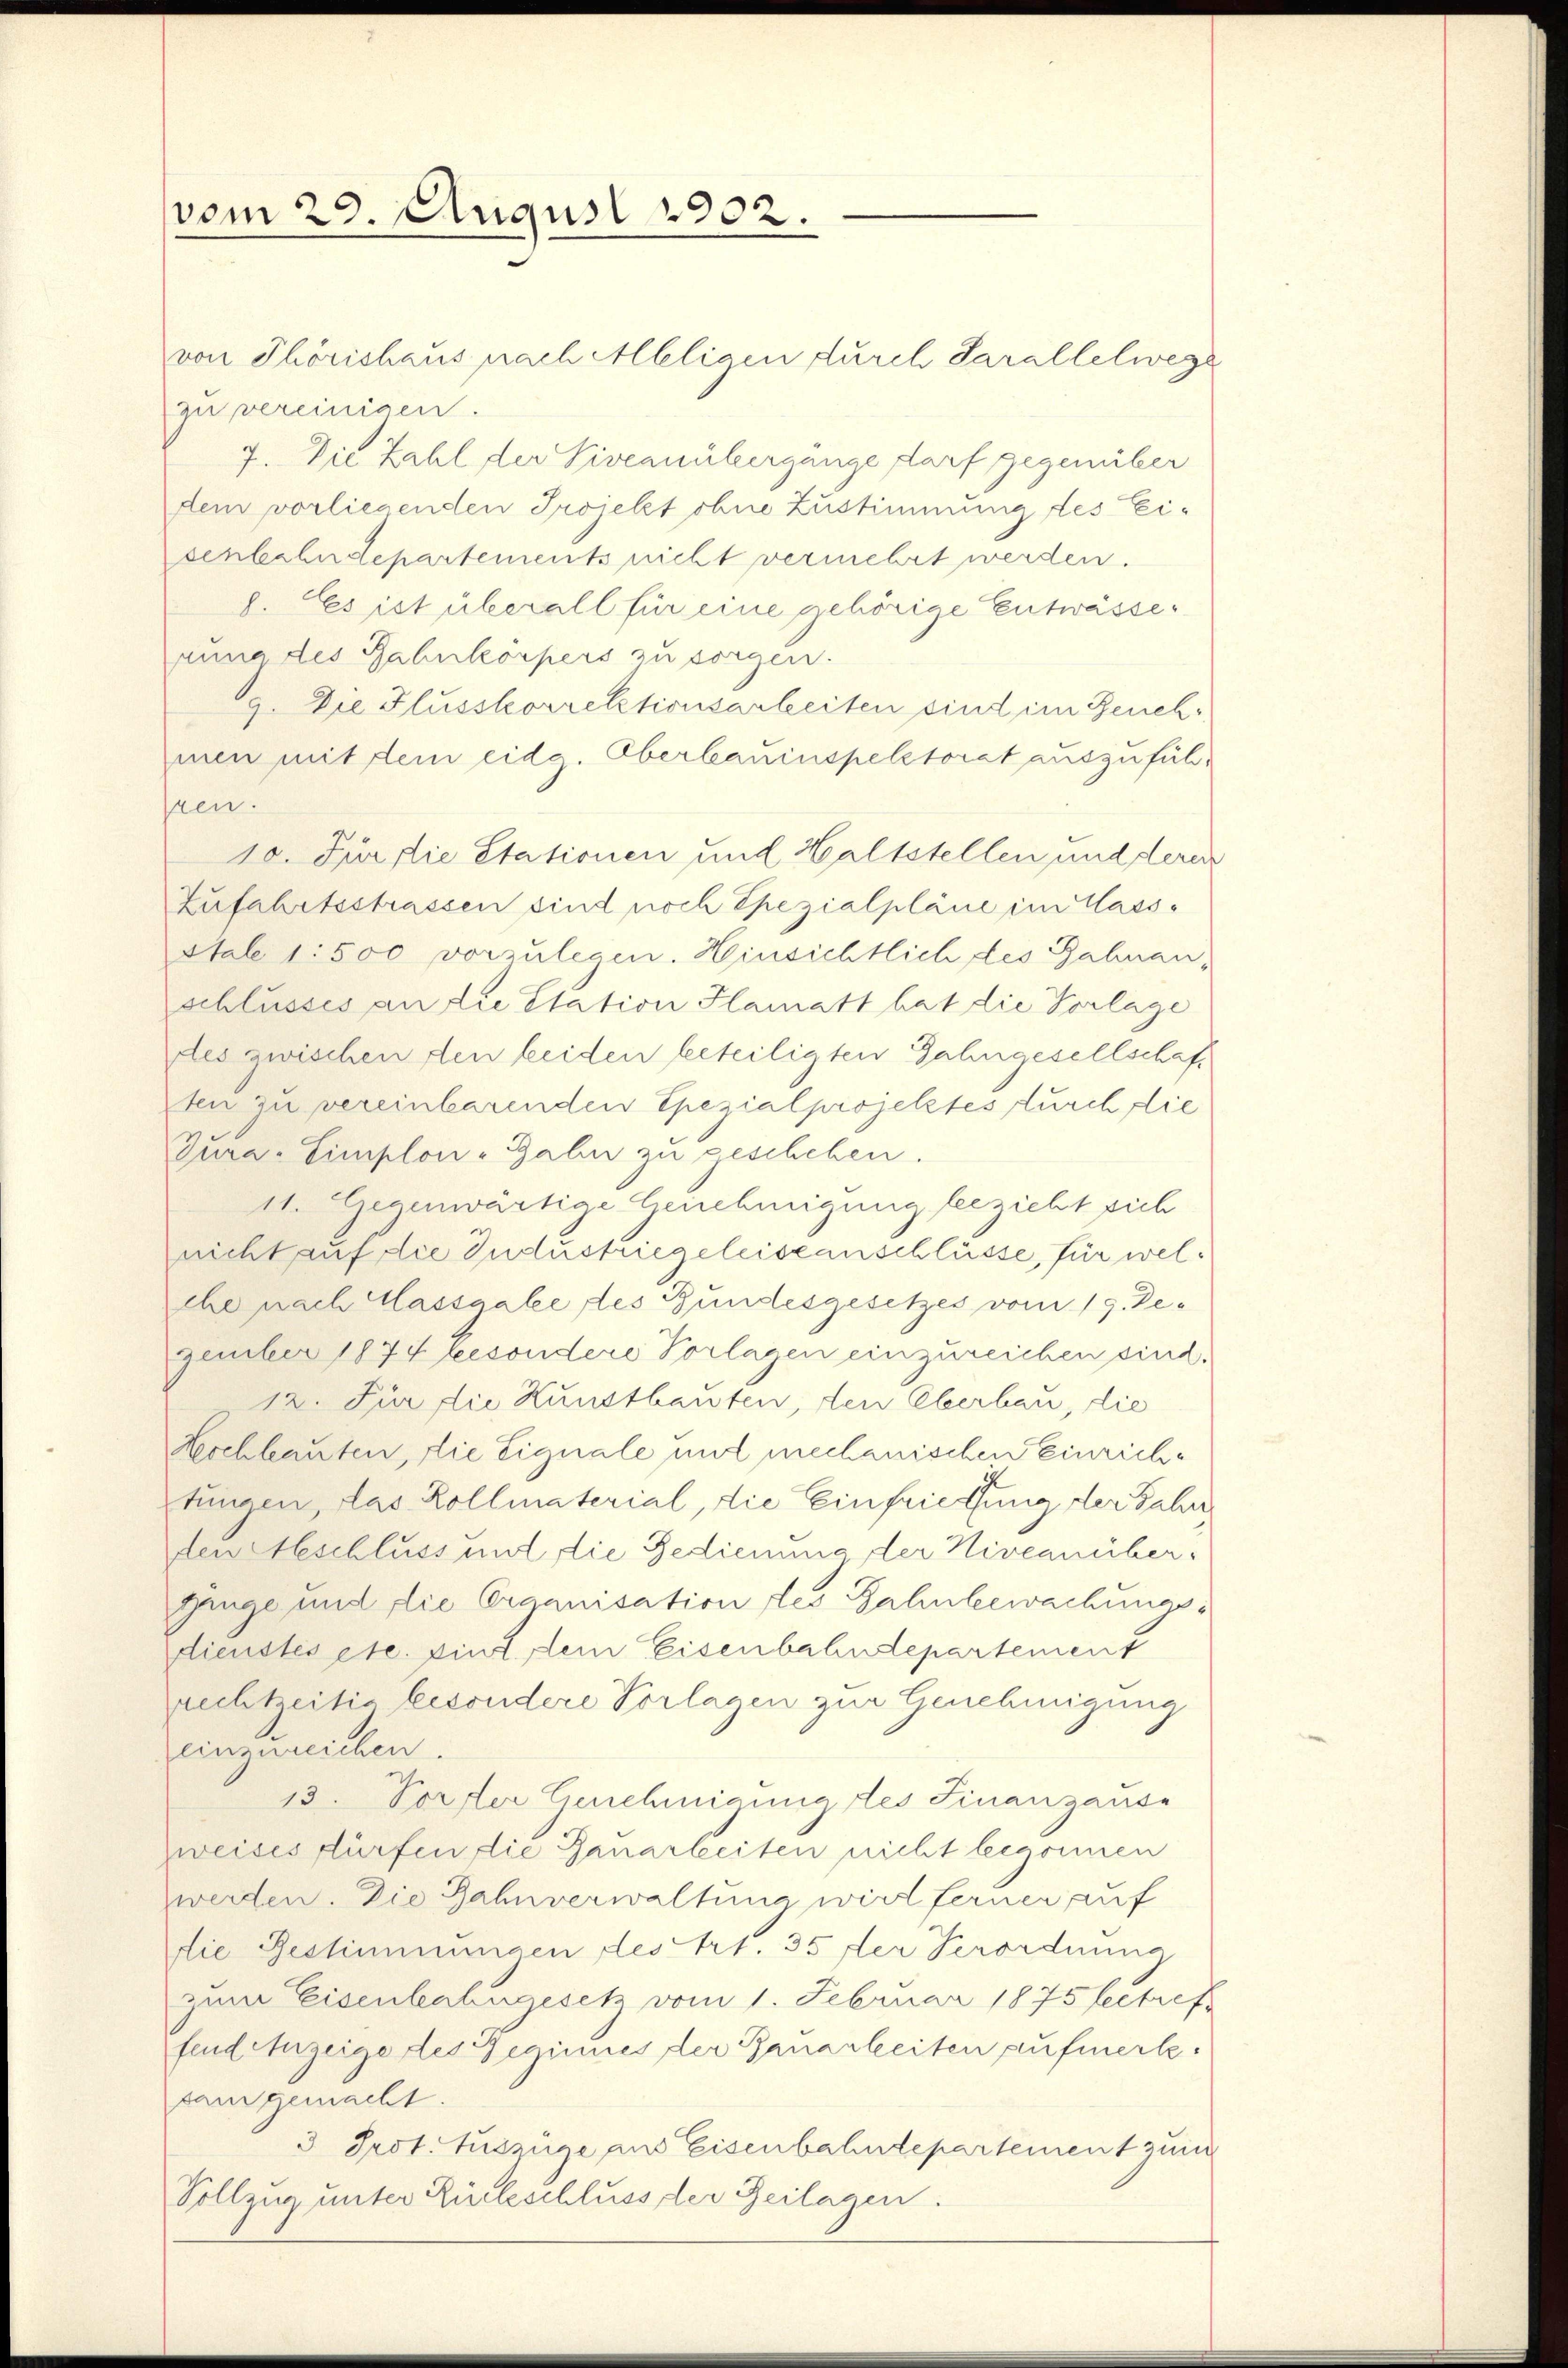
vom 29. August 1902.

von Thörichaus nach Alleligen durch Sarallelwege
zu vereinigen.
7. Die Zahl der Viveauübergänge darf gegenüber
dein vorliegenden Projekt ohne Zustimmung des Eisenbahndepartements nicht vermehrt werden.
8. Es ist überall für eine gehörige Entwässerung des Bahnkörpers zu sorgen.
g. Die Flusskorrektionsarbeiten sind im Benehmen mit dem eidg. Oberbauinspektorat auszufühhren.
10. Für die Stationen und Haltstellen und derer
Zufahrtsstrassen sind noch Spezialpläne im Mass-
stale 1: 500 vorzulegen. Hinsichtlich des Zahnanschlusses an die Station Flamatt hat die Vorlage
les zwischen den beiden beteiligten Jahngesellschafsten zu vereinbarenden Spezialprojektes durch die
Zura-Simplon-Gahn zu geschehen.
11. Gegenwärtige Genehmigung bezieht sich
nicht auf die Industriegeleissenschlüsse, für welche nach Massgabe des Bundesgesetzes vom 19. Dezember 1874 besondere Vorlagen einzureichen sind.
12. Für die Kunstbauten, den Oberbau, die
Hochlauten, die Eignale und mechanischen Einrichtungen, das Kollmaterial, die Einfrieffung der Jahre
den Abschluss und die Gedienung der Niveanüber
genge und die Organisation des Bahnbewachungsdienstes etc. sind dem Eisenbahndepartement
rechtzeitig besondere Vorlagen zur Genehmigung
einzureichen.
13. Vorfer Genehmigung des Finanzause
zweises dürfen die Zauarbeiten nicht begonnen
werden. Die Zahnverwaltung wird ferner auf
die Bestimmungen des Art. 35 der Verordnung
zum Eisenbahngesetz vom 1. Februar 1875 betreffend Anzeige des Gesinnes der Banarbeiten aufmerksam gemacht.
3 Prot. Auszüge aus Eisenbahndepartement zum
Vollzug unter Rückschluss der Zeilagen.